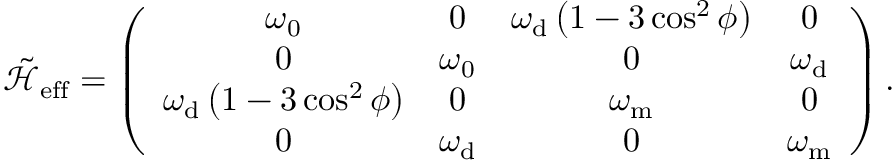
\mathcal { \tilde { H } } _ { \mathrm { { e f f } } } = \left( \begin{array} { c c c c } { \omega _ { \mathrm { { 0 } } } } & { 0 } & { \omega _ { \mathrm { { d } } } \left( 1 - 3 \cos ^ { 2 } \phi \right) } & { 0 } \\ { 0 } & { \omega _ { \mathrm { { 0 } } } } & { 0 } & { \omega _ { \mathrm { { d } } } } \\ { \omega _ { \mathrm { { d } } } \left( 1 - 3 \cos ^ { 2 } \phi \right) } & { 0 } & { \omega _ { \mathrm { { m } } } } & { 0 } \\ { 0 } & { \omega _ { \mathrm { { d } } } } & { 0 } & { \omega _ { \mathrm { { m } } } } \end{array} \right) .